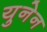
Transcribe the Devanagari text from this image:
युनेन